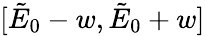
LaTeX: [\tilde{E}_{0}-w,\tilde{E}_{0}+w]